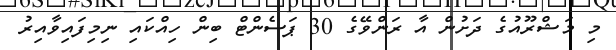
މި މަޝްރޫއުގެ ދަށުން އާ ރަންވޭގެ 30 ޕަސެންޓް ބިން ހިއްކައި ނިމިފައިވާއިރު